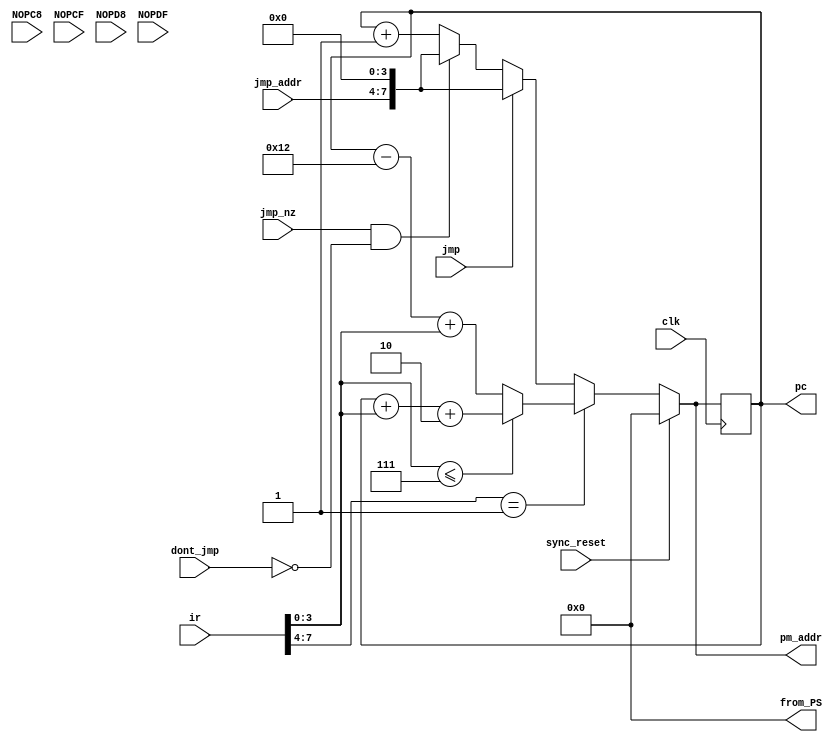
module program_sequencer(
	input clk, sync_reset, jmp, jmp_nz, dont_jmp,
	input NOPC8, NOPCF, NOPD8, NOPDF,		// inputs; will probably need in exam
	input [3:0] jmp_addr,
	input [7:0] ir,		// q9
	output reg [7:0] pm_addr,
	output reg [7:0] pc,			// made output for final exam (instead of internal)
	output reg [7:0] from_PS			// made specifically for final exam scrambler
	);


always @ *
from_PS = 8'h0;  // in exam
//from_PS = pc;		// testing prior to exam

always @ (posedge clk)
pc <= pm_addr;

always @ *
if (sync_reset == 1'b1) 
	pm_addr = 8'd0;
else if (ir[7:4] == 4'b0001)
	if (ir[3:0] <= 4'd7)
		pm_addr = pc + {4'h0, ir[3:0]} + 8'd2;
	else
		pm_addr = pc - 8'd18 + {4'h0, ir[3:0]};
else if (jmp == 1'b1) 
	pm_addr = {jmp_addr, 4'd0};
else if ((jmp_nz == 1'b1) && (dont_jmp == 1'b0)) 
	pm_addr = {jmp_addr, 4'd0};
else 
	pm_addr = pc + 8'd1;

endmodule